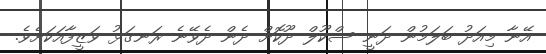
އޭނާ މިއަދު ބަލަމުން ދަނީ ސްކޫލް ދޫކޮށް ދެން ދެވޭނެ ރަނގަޅު ވަޒީފާއަކަށެވެ.